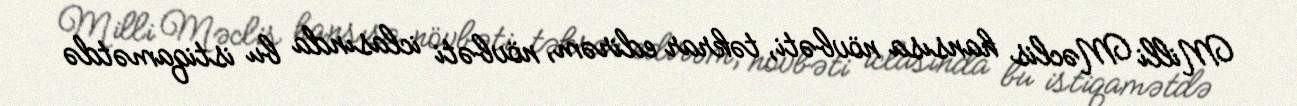
Milli Məclis hansısa növbəti, təkrar edirəm, növbəti iclasında bu istiqamətdə